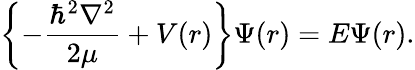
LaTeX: \left\{ -\frac{\hbar^{2}\nabla^{2}}{2\mu}+V(r)\right\} \Psi(r)=E\Psi(r).